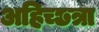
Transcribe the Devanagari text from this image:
अहिच्छत्रा